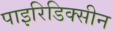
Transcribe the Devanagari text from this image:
पाइरिडिक्सीन